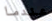
عندما